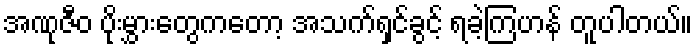
အဏုဇီဝ ပိုးမွှားတွေကတော့ အသက်ရှင်ခွင့် ရခဲ့ကြဟန် တူပါတယ်။